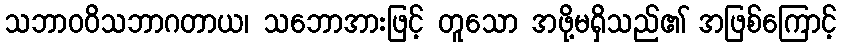
သဘာဝဝိသဘာဂတာယ၊ သဘောအားဖြင့် တူသော အဖို့မရှိသည်၏ အဖြစ်ကြောင့်